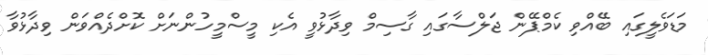
މަޑަވެލީގައި ބޭއްވި ކެމްޕޭން ޖަލްސާގައި ގާސިމް ވިދާޅުވީ އެކި މީސްމީހުންނަށް ކޮށްދެއްވަން ވިދާޅުވާ